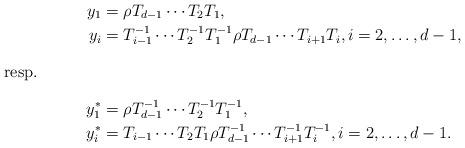
LaTeX: \begin{align*}y_1 &= \rho T_{d-1}\dotsm T_{2}T_1 , \\y_i &= T_{i-1}^{-1}\dotsm T_2^{-1}T_1^{-1}\rho T_{d-1}\dotsm T_{i+1}T_i, i=2,\ldots, d-1, \intertext{resp.}y_1^* &= \rho T_{d-1}^{-1}\dotsm T_{2}^{-1}T_1^{-1} , \\y_i^* &= T_{i-1}\dotsm T_2T_1\rho T_{d-1}^{-1}\dotsm T_{i+1}^{-1}T_i^{-1}, i=2,\ldots,d-1. \end{align*}